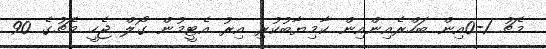
މެޗު 1-0އިން ބަހްރެއިންއިން ކާމިޔާބުކުރި އިރު އެޓީމުން ގޯލް ޖެހީ މެޗުގެ 90